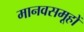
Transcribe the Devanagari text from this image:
मानवसमूहों